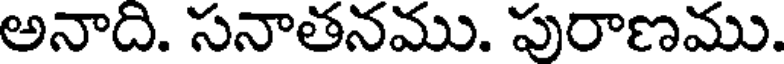
అనాది. సనాతనము. పురాణము.